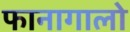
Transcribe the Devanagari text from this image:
फानागालो